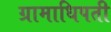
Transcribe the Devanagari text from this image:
ग्रामाधिपती